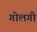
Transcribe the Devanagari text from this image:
गोलगी